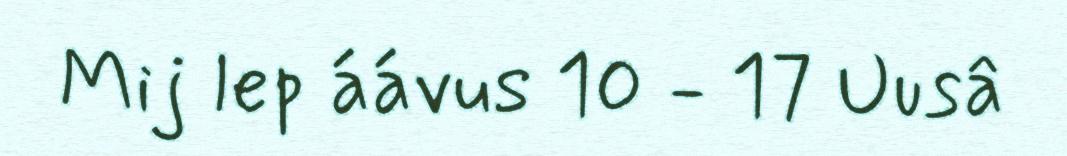
Mij lep áávus 10 - 17 Uusâ